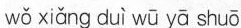
wǒ xiǎng duì wū yā shuō